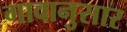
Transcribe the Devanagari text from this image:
गावानुसार